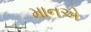
માનએ